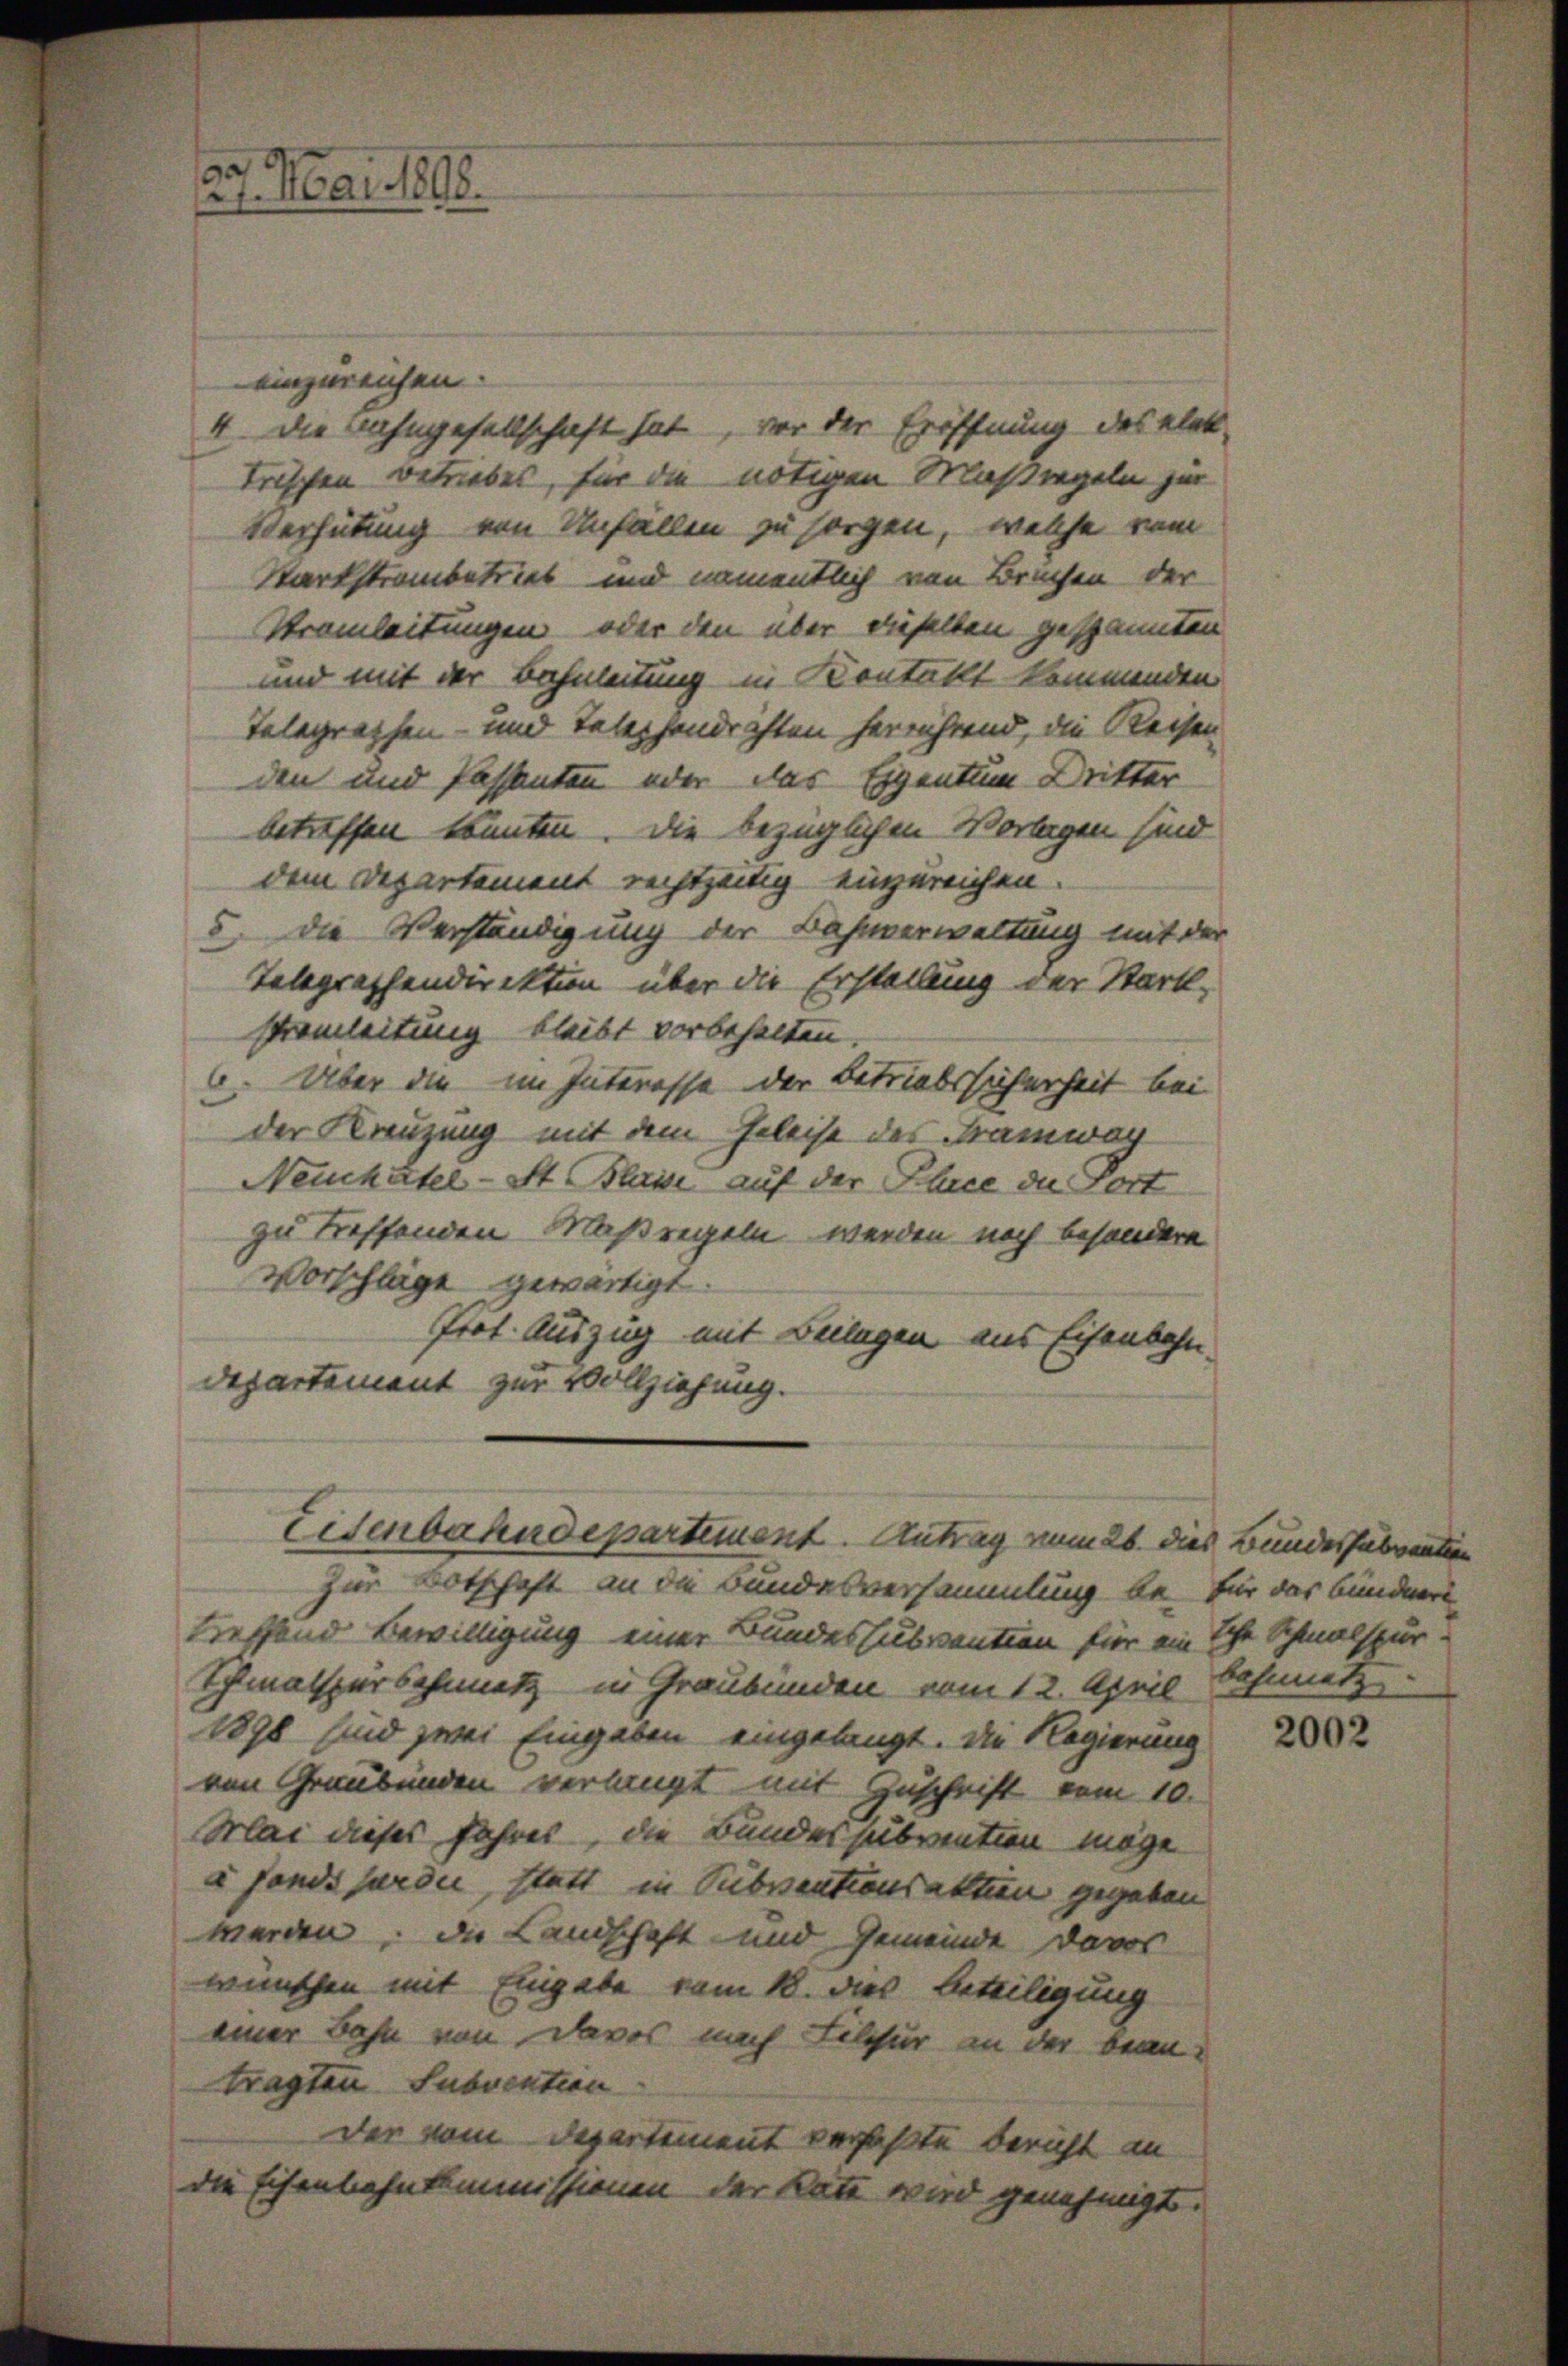
27. Mai 1808.

einzureichen.
4 die nahngesellschaft hat, vor der Eröffnung des Klet
trischen betriebes, für die nötigen Maßregeln zur
Verhütung von Unfällen zu sorgen, welche vom
Karkstrambetrieb und namentlich von Bruchen der
Stramleitungen, oder den über dieselben gespannten
und mit der Bahnleitung in Kontakt kommenden
Telegraphen- und Telephondrichten herrührend, die Reisen
den und Passanten oder das Eigentum Dritter
betreffen könnten. Die bezüglichen Vorlagen sind
dem Departement rechtzeitig einzureichen.
5 die Verständigung der Bahnverwaltung mit der
Telegraphendirektion über die Erstellung der Stark
stromleitung bleibt vorbehalten.
6. Aber die im Interesse der Betriebssicherheit bei
der Kreuzung mit dem Geleise des Tramwar
Neuchatel-St. Blain auf der Place de Port
zu treffenden Maßregeln werden noch besondere
Vorschläge gewärtigt
Prot. Auszug mit Beilagen aus Eisenbahn
Departement zur Vollziehung.

Eisenbahndepartiment. Antrag vom 26. dies Bundessubventin

treffend Bewilligung einer Bundessubvention für ein sche Schmalspur-
Schmalspurschmetz in Graubünden vom 12. April Schmetz
1898 sind zwei Eingaben eingelangt. Die Regierung
ven Graubünden verlangt mit Zuschrift vom 10.
MMai dieses Jahres, die Bundessubvention möge
e fand jardi, statt in Pibsentionsaktion gegeben
werden, die Landschaft und Gemeinde davor
wünschen mit Eingabe vom 18. dies Beteiligung
einer Bahn von Davos nach Libsur an der bean-
tragten Subvention
der vom Departement verfaßte Bericht an
die Eisenbahnkommissionen der Kate wird genehmigt.

für Botschaft an die Bundesversammlung bei für das bundners

2002